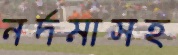
নর্দমাসহ